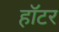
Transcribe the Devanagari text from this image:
हॉटर